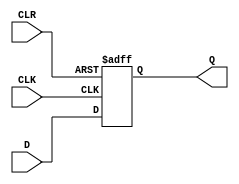
module df_preset(Q, D, CLR, CLK);
input D, CLR, CLK ;
output reg Q ;

always @(posedge CLK or negedge CLR )
begin 
    if (~CLR)
    begin 
        Q <= 1 ;
    end
    else 
    begin 
        Q <= D ;
    end
end
endmodule